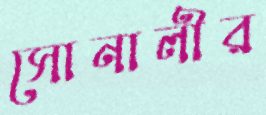
সোনালীর